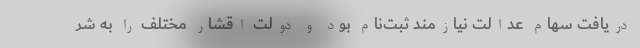
دریافت سهام عدالت نیازمند ثبت‌نام بود و دولت اقشار مختلف را به شر